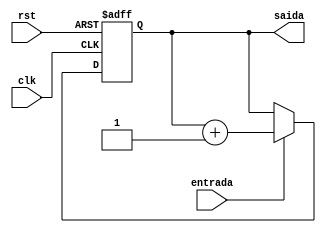
module contador_2b (clk, rst, entrada, saida);

input rst, clk, entrada;
output reg [1:0] saida;



always @ (posedge clk, posedge rst)
begin
  if (rst)
  begin 
	 saida <= 2'b0;
  end
  else if (entrada)
   begin
     saida <= saida + 1'b1;
	end 
	
end 

endmodule